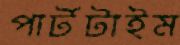
পার্টটাইম